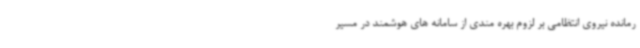
رمانده نیروی انتظامی بر لزوم بهره مندی از سامانه های هوشمند در مسیر